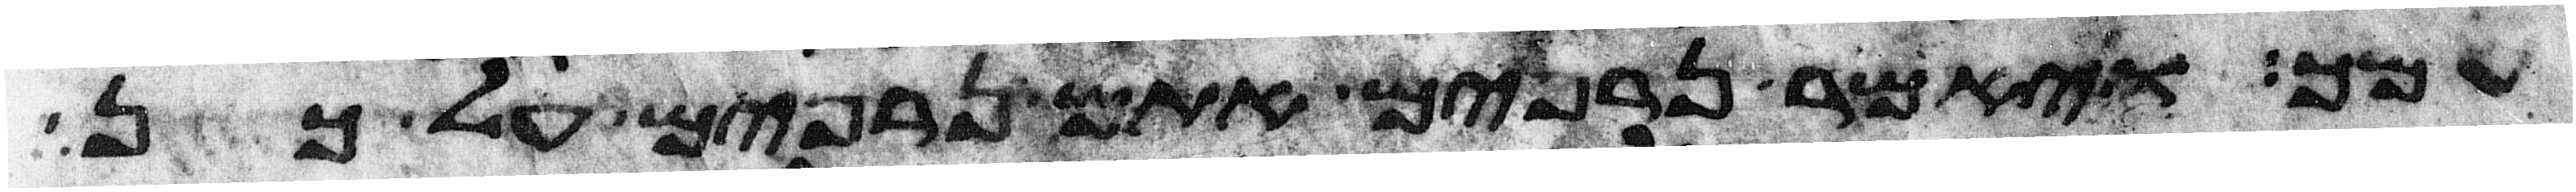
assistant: עמך ויאמר נרפים אתם נרפים על כן